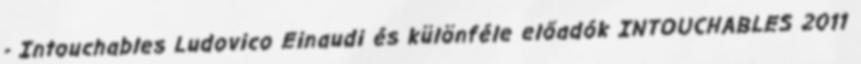
- Intouchables Ludovico Einaudi és különféle előadók INTOUCHABLES 2011